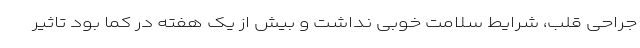
جراحی قلب، شرایط سلامت خوبی نداشت و بیش از یک هفته در کما بود تاثیر